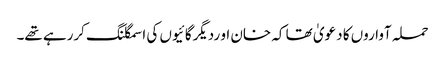
حملہ آواروں کا دعویٰ تھا کہ خان او ردیگرگائیوں کی اسمگلنگ کررہے تھے۔